Medical and sanitary report of the native army of Madras for the year
Year: 1876
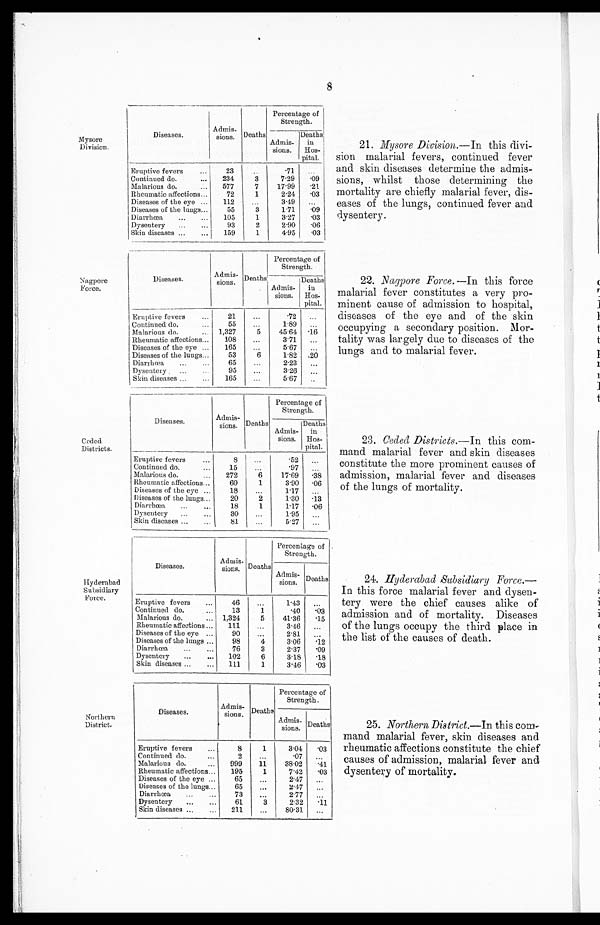
Mysore
Division.
Nagpore
Force.
Ceded
Districts.
8
Diseases
Admis-
sions
Deaths
Percentage of
Strength.
Admis-
sions
Deaths
in
Hos
-pital.
Eruptive fevers
23
·71
Continued do.
234
3
7·29
·09
Malarious do.
577
7
17·99
·21
Rheumatic affections
72
1
2·24
·03
Diseases of the eye
112
3·49
Diseases of the lungs
55
3
1·71
·09
Diarrhœa
105
1
3·27
·03
Dysentery
93
2
2·90
·06
Skin diseases
159
1
4·95
·03
Diseases.
Admis-
sions
Deaths
.
Percentage of
Strength.
Admis-
sions
Deaths
i
n Hos
-pital.
Eruptive fevers
21
·72
Continued do.
55
1·89
Malarious do.
1,327
5
45·64 ·16
Rheumatic affections
108
3·71
Diseases of the eye
165
5·67
Diseases of the lungs
53
6
1·82 ·20
Diarrhœa
65
2·23
Dysentery
9
3·26
Skin diseases
165
5·67
Diseases.
Admis-
sions
. Deaths
Percentage of
Strength.
Admis-
sions
Deaths
in
Hos
-pital.
Eruptive fevers
8
·52
Continued do.
15
·97
Malarious do.
272
6
17·69
·38
Rheumatic affections
60
1
3·90
·06
Diseases of the eye
18
1·17
Diseases of the lungs
20
2
1·30
·13
Diarrhœa
18
1
1·17
·06
Dysentery
30
1·95
Skin diseases
81
5·27
21. Mysore Division .—In this divi-
sion malarial fevers, continued fever
and skin diseases determine the admis-
sions, whilst those determining the
mortality are chiefly malarial fever, dis-
eases of the lungs, continued fever and
dysentery.
22. Nagpore Force .—In this force
malarial fever constitutes a very pro-
minent cause of admission to hospital,
diseases of the eye and of the skin
occupying a secondary position. Mor-
tality was largely due to diseases of the
lungs and to malarial fever.
23. Ceded Districts.— In this com-
mand malarial fever and skin diseases
constitute the more prominent causes of
admission, malarial fever and diseases
of the lungs of mortality.
Hyderabad
Subsidiary
Force.
Northern
District.
Diseases.
Admis
-sions. Deaths.
Percentage of
Strength.
Admis-
sions.
Deaths
Eruptive fevers
46
143
Continued do.
13
1
40
03
Malarious do.
1,324
5
4136
15
Rheumatic affections
111
346
Diseases of the eye
90
281
Diseases of the lungs
98
4
306
12
Diarrhœa
76
3
237
09
Dysentery
102
6
318
18
Skin diseases
111
1
346
03
Diseases.
Admis-
sions. Deaths.
Percentage of
Strength.
Admis-
sions. Deaths.
Eruptive fevers
8
1
304
03
Continued do
.
2
07
Malarious do.
999
11
3802
41
Rheumatic affections
195
1
742
03
Diseases of the eye
65
247
Diseases of the lungs
65
247
Diarrhœa
73
277
Dysentery
61
3
232
11
Skin diseases
211
8031
24. Hyderabad Subsidiary Force.
— In this force malarial fever and dysen-
tery were the chief causes alike of
admission and of mortality. Diseases
of the lungs occupy the third place in
the list of the causes of death.
25. Northern District.— In this com-
mand malarial fever, skin diseases and
rheumatic affections constitute the chief
causes of admission, malarial fever and
dysentery of mortality
.